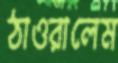
ঠাওরালেম